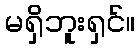
မရှိဘူးရှင်။